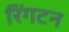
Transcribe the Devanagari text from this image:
रिंगटन